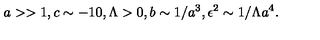
a > > 1 , c \sim - 1 0 , \Lambda > 0 , b \sim 1 / a ^ { 3 } , \epsilon ^ { 2 } \sim 1 / \Lambda a ^ { 4 } .